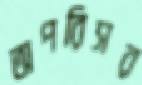
অপরিসর